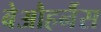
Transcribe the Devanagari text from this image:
बेऔहर्नैस